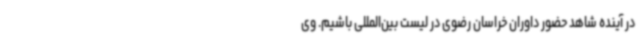
در آینده شاهد حضور داوران خراسان رضوی در لیست بین‌المللی باشیم. وی